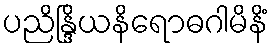
ပညိန္ဒြိယနိရောဓဂါမိနိံ